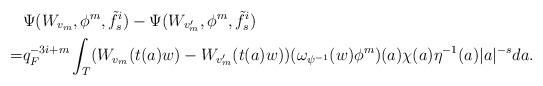
LaTeX: \begin{align*}&\Psi(W_{v_m},\phi^m,\tilde f_s^i)-\Psi(W_{v_m'}, \phi^m, \tilde f_s^i)\\=& q_F^{-3i+m}\int_{T}( W_{v_m}(t(a)w)-W_{v_m'}(t(a)w))(\omega_{\psi^{-1}}(w)\phi^m)(a)\chi(a)\eta^{-1}(a)|a|^{-s} da.\end{align*}